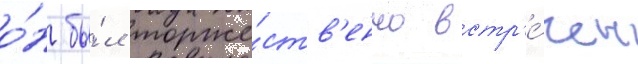
о́н бы́л торже́ств'енно встр'е́чен